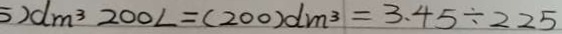
5 ) d m ^ { 3 } 2 0 0 L = ( 2 0 0 ) d m ^ { 3 } = 3 . 4 5 \div 2 2 5